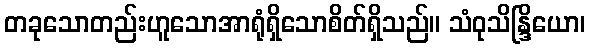
တခုသောတည်းဟူသောအာရုံရှိသောစိတ်ရှိသည်။ သံဝုသိန္ဒြိယော၊